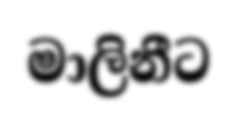
මාලිනීට